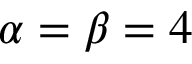
\alpha = \beta = 4